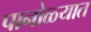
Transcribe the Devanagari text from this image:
पानोळ्यात